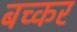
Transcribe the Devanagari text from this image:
बच्कर